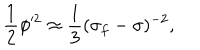
LaTeX: { \frac { 1 } { 2 } \phi ^ { 2 } \approx \frac { 1 } { 3 } ( \sigma _ { f } - \sigma ) ^ { - 2 } , }